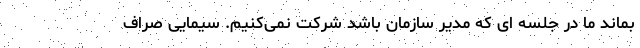
بماند ما در جلسه ای که مدیر سازمان باشد شرکت نمی‌کنیم. سیمایی صراف